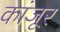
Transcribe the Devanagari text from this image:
कांजूर